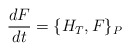
\begin{align*}\displaystyle\frac{d F}{d t}= \{H_T,F\}_P\end{align*}